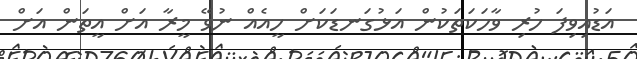
އަޑުއިވިފަ ހުރި ވާހަކަތަކުން އަޅުގަނޑަކަށް ހީއެއް ނުވޭ މީރާ އަށް އީތަން އަށް